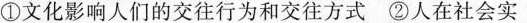
①文化影响人们的交往行为和交往方式②人在社会实